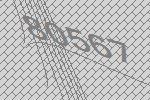
80567